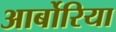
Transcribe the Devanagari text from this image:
आर्बोरिया